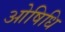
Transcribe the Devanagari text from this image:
ओषिधि